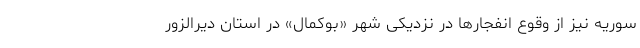
سوریه نیز از وقوع انفجار‌ها در نزدیکی شهر «بوکمال» در استان دیرالزور